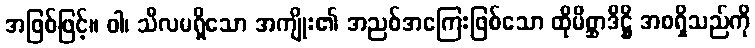
အဖြစ်ဖြင့်။ ဝါ၊ သီလမရှိသော အကျိုး၏ အညစ်အကြေးဖြစ်သော ထိုမိစ္ဆာဒိဋ္ဌိ အစရှိသည်ကို